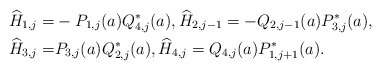
\begin{align*} \widehat H_{1,j}=&-P_{1,j}(a)Q_{4,j}^*(a), \widehat H_{2,j-1}=-Q_{2,j-1}(a)P_{3,j}^{*}(a), \\ \widehat H_{3,j}=&P_{3,j}(a)Q_{2,j}^*(a), \widehat H_{4,j}=Q_{4,j}(a) P_{1,j+1}^{*}(a). \end{align*}